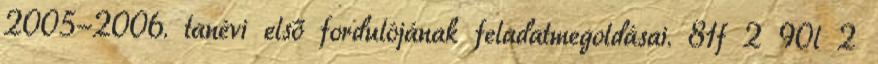
2005-2006. tanévi első fordulójának feladatmegoldásai. 81f 2 90l 2